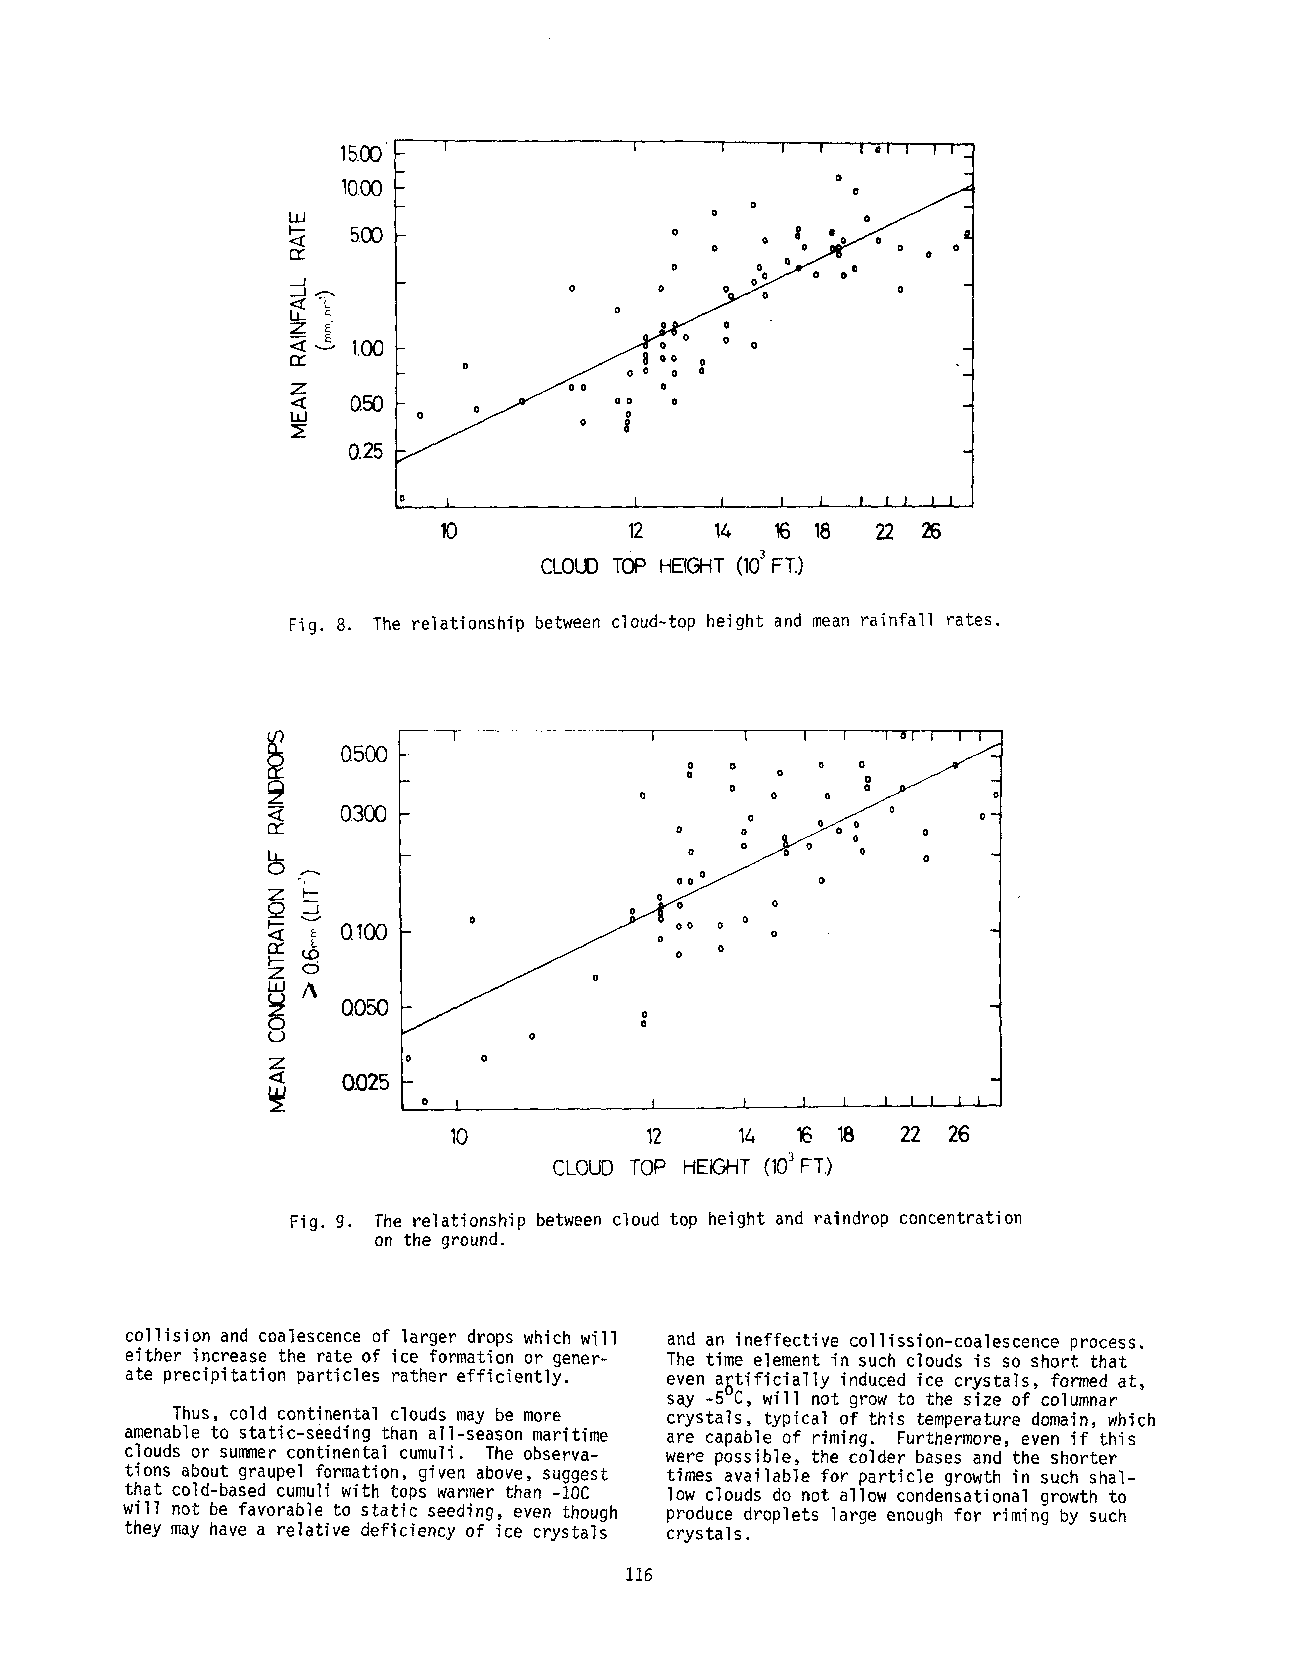
15.00
 10.00
 5.00
 0
 1.00
 z
 0.50
 0.25
 10           12    14 16 18 22 26
 CLOUTDO PH EIGH(T1 03 FT.)
 Fig. 8. The relationship between cloud-top height and mean rainfall rates.
 ----T ......... I     I   I  1  I O( | |
 050O ~--
 L
 0300
 0100
 O050
 O.O25
 I            I     I   I 1   1 i t i i
 10          12     lZ, 16 18  22 26
 CLOUDT OP HEIGHT(1:0~ FT.)
 Fig. g. The relationship between cloud top height and raindrop concentration
 on the ground.
 collision and coalescence of larger drops which will and an ineffective collission-coalescence process.
 either increase the rate of ice formation or gener- The time element in such clouds is so short that
 ate precipitation particles rather efficiently. even a~tificially induced ice crystals, formed at,
 say -5~C, will not grow to the s~ze of columnar
 Thus, cold continental clouds may be more crystals, typical of this temperature domain, which
 amenable to static-seeding than all-season maritime are capable of rfming. Furthermore, even if this
 clouds or summerc ontinental cumuli. The observa- were possible, the colder bases and the shorter
 tions about graupe] formation, given above, suggest times available for particle growth in such shal-
 that cold-based cumuli with tops warmer than -10C low clouds do not allow condensational growth to
 will not be favorable to static seeding, even though produce droplets large enough for riming by such
 they may have a relative deficiency of ice crystals crystals.
 116